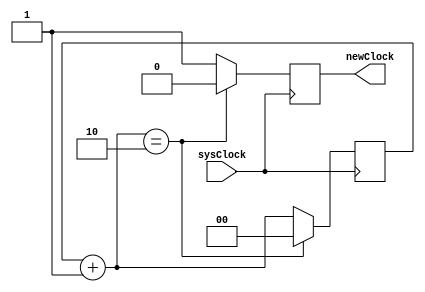
`timescale 1ns / 1ps
//////////////////////////////////////////////////////////////////////////////////
// Company: 
// Engineer: 
// 
// Design Name: 
// Module Name:    VGAclockDivider 
// Project Name: 
// Target Devices: 
// Tool versions: 
// Description: 
//
// Dependencies: 
//
// Revision: 
// Revision 0.01 - File Created
// Additional Comments: 
//
//////////////////////////////////////////////////////////////////////////////////
module ClockDivider(sysClock, newClock);
parameter max=2;
parameter bitwidth=2;
input sysClock;
output reg newClock=0;
reg[bitwidth-1:0] counter=3'b000; 

always@(posedge sysClock)
begin

	counter=counter+1;
	
	if(counter == max)
		begin
			newClock = 0;
			counter = 3'b000;
		end
	else
		begin
			newClock = 1;
			counter = counter;
		end
end

endmodule